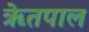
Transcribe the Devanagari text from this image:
ॠेतपाल